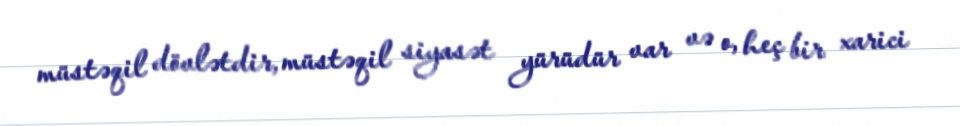
müstəqil dövlətdir, müstəqil siyasət yürüdür var və o, heç bir xarici